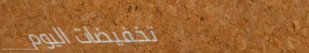
تخفيضات اليوم